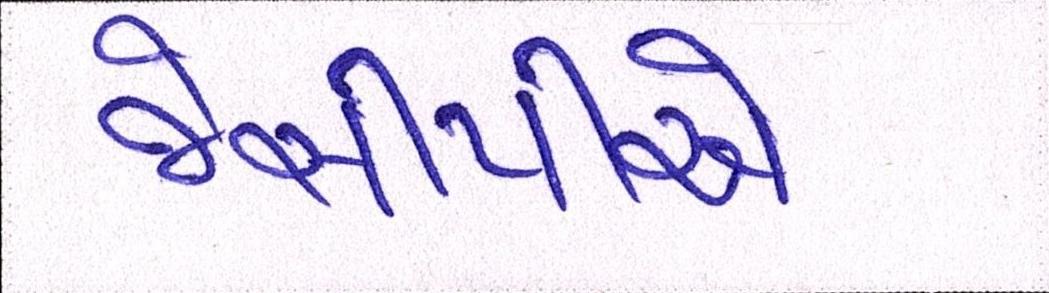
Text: જેસીપીએ